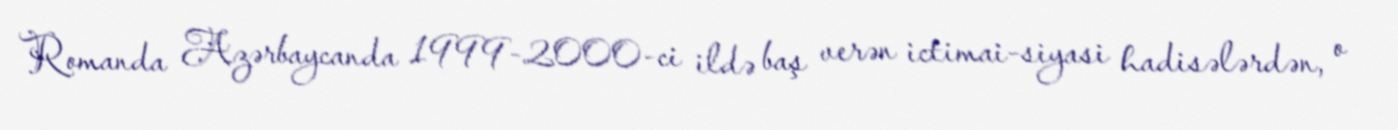
Romanda Azərbaycanda 1999-2000-ci ildə baş verən ictimai-siyasi hadisələrdən, o